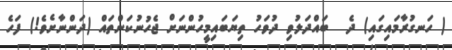
( ހަނގުރާމައިގައި) ދެ  ބައްދަލުވި ދުވަހު ތިޔަބައިމީހުންނަށް ޖެހުނުކަންތައް (ދަންނާށެވެ!) ފަހެ